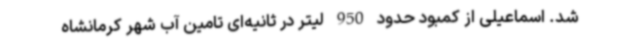
شد. اسماعیلی از کمبود حدود 950 لیتر در ثانیه‌ای تامین آب شهر کرمانشاه